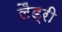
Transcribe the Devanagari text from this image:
लैंड्री